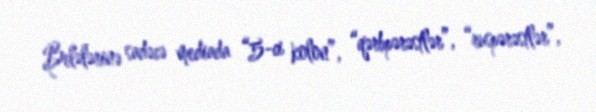
Belələrinə sadəcə mediada “5-ci kolon”, “qərbpərəstlər”, “ruspərəstlər”,